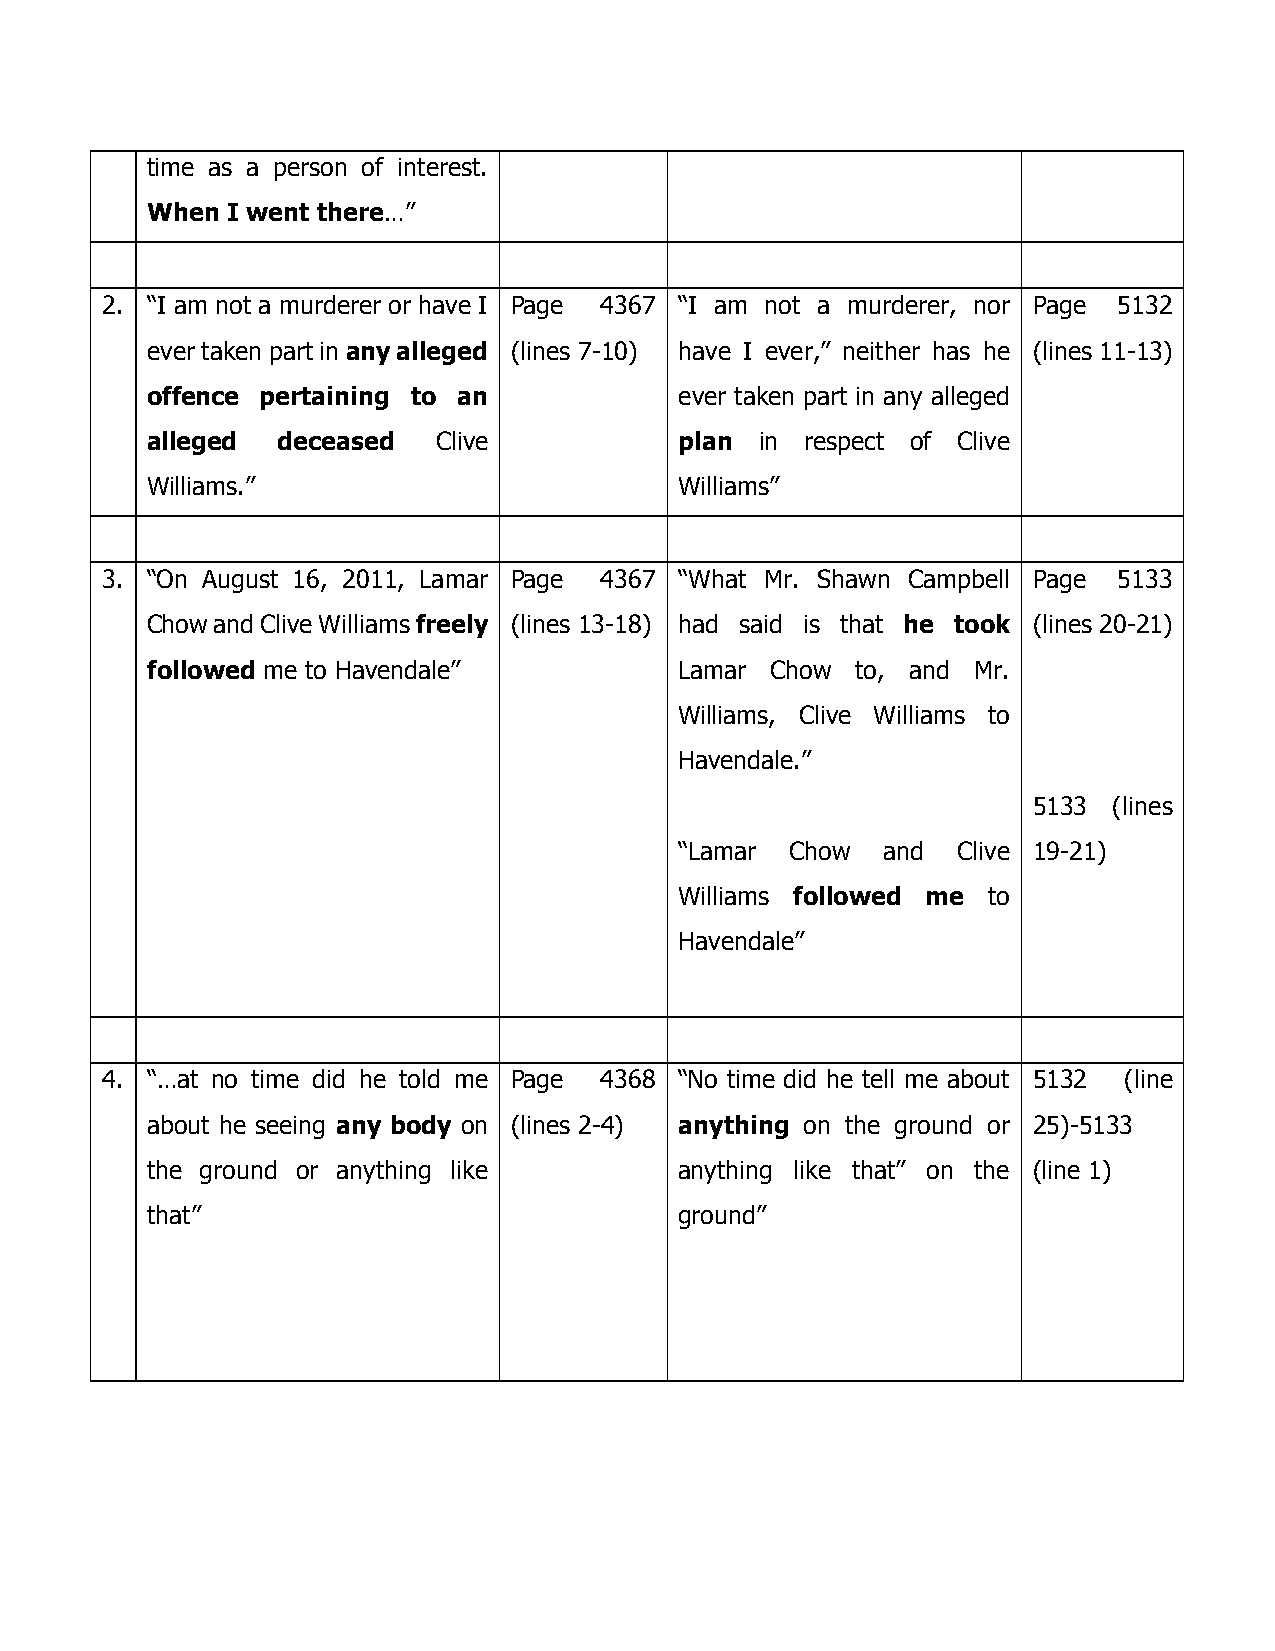
time as a person of interest.
 When I went there…”
 2. “I am not a murderer or have I Page 4367 “I am not a murderer, nor Page 5132
 ever taken part in any alleged (lines 7-10) have I ever,” neither has he (lines 11-13)
 offence pertaining to an           ever taken part in any alleged
 alleged deceased   Clive           plan in respect of Clive
 Williams.”                         Williams”
 3. “On August 16, 2011, Lamar Page 4367 “What Mr. Shawn Campbell Page 5133
 Chow and Clive Williams freely (lines 13-18) had said is that he took (lines 20-21)
 followed me to Havendale”          Lamar Chow  to, and Mr.
 Williams, Clive Williams to
 Havendale.”
 5133  (lines
 “Lamar Chow   and Clive 19-21)
 Williams followed me to
 Havendale”
 4. “…at no time did he told me Page 4368 “No time did he tell me about 5132 (line
 about he seeing any body on (lines 2-4) anything on the ground or 25)-5133
 the ground or anything like        anything like that” on the (line 1)
 that”                              ground”